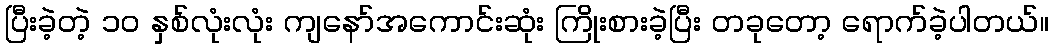
ပြီးခဲ့တဲ့ ၁၀ နှစ်လုံးလုံး ကျနော်အကောင်းဆုံး ကြိုးစားခဲ့ပြီး တခုတော့ ရောက်ခဲ့ပါတယ်။